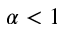
\alpha < 1